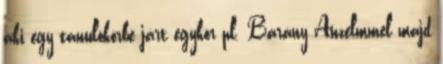
aki egy tanulókörbe járt egykor pl. Bárány Anzelmmel majd